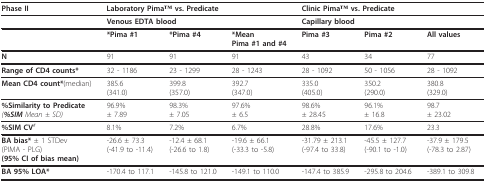
| Phase II | <COLSPAN=3> Laboratory PimaTM vs. Predicate | <COLSPAN=3> Clinic PimaTM vs. Predicate |
 | --- | --- | --- | --- | --- | --- | --- |
 |  | <COLSPAN=3> Venous EDTA blood | <COLSPAN=3> Capillary blood |
 |  | *Pima #1 | *Pima #4 | *MeanPima #1 and #4 | Pima #3 | Pima #2 | All values |
 | N | 91 | 91 | 91 | 43 | 34 | 77 |
 | Range of CD4 counts* | 32 - 1186 | 23 - 1299 | 28 - 1243 | 28 - 1092 | 50 - 1056 | 28 - 1092 |
 | Mean CD4 count*(median) | 385.6(341.0) | 399.8(357.0) | 392.7(347.0) | 335.0(405.0) | 350.2(290.0) | 380.8(329.0) |
 | %Similarity to Predicate(%SIM Mean ± SD) | 96.9%± 7.89 | 98.3%± 7.05 | 97.6%± 6.5 | 98.6%± 28.45 | 96.1%± 16.8 | 98.7± 23.02 |
 | %SIM CV# | 8.1% | 7.2% | 6.7% | 28.8% | 17.6% | 23.3 |
 | BA bias* ± 1 STDev(PIMA - PLG)(95% CI of bias mean) | -26.6 ± 73.3(-41.9 to -11.4) | -12.4 ± 68.1(-26.6 to 1.8) | -19.6 ± 66.1(-33.3 to -5.8) | -31.79 ± 213.1(-97.4 to 33.8) | -45.5 ± 127.7(-90.1 to -1.0) | -37.9 ± 179.5(-78.3 to 2.87) |
 | BA 95% LOA* | -170.4 to 117.1 | -145.8 to 121.0 | -149.1 to 110.0 | -147.4 to 385.9 | -295.8 to 204.6 | -389.1 to 309.8 |